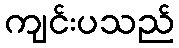
ကျင်းပသည်